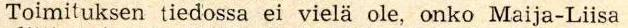
Toimituksen tiedossa ei vielä ole, onko Maija-Liisa